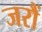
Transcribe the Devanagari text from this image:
जरौं